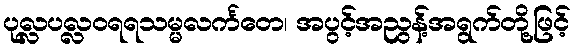
ပုလ္လပလ္လဝရရသမ္မလင်္ကတေ၊ အပွင့်အညွန့်အရွက်တို့ဖြင့်